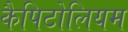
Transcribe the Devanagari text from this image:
कैपिटोलियम